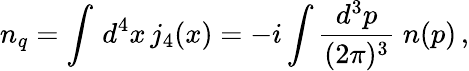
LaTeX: n_{q}=\int\, d^{4}x\, j_{4}(x)=-i\int\frac{d^{3}p}{(2\pi)^{3}}\; n(p)\, ,